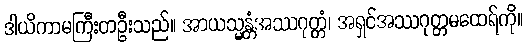
ဒါယိကာမကြီးတဦးသည်။ အာယသ္မန္တံအဿဂုတ္တံ၊ အရှင်အဿဂုတ္တမထေရ်ကို။